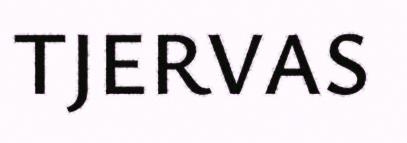
TJERVAS